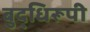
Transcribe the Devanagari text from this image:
बुद्धिरूपी